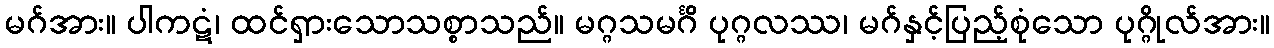
မဂ်အား။ ပါကဋံ၊ ထင်ရှားသောသစ္စာသည်။ မဂ္ဂသမင်္ဂိ ပုဂ္ဂလဿ၊ မဂ်နှင့်ပြည့်စုံသော ပုဂ္ဂိုလ်အား။